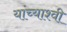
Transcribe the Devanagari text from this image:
यांच्याश्वी